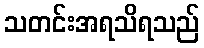
သတင်းအရသိရသည်